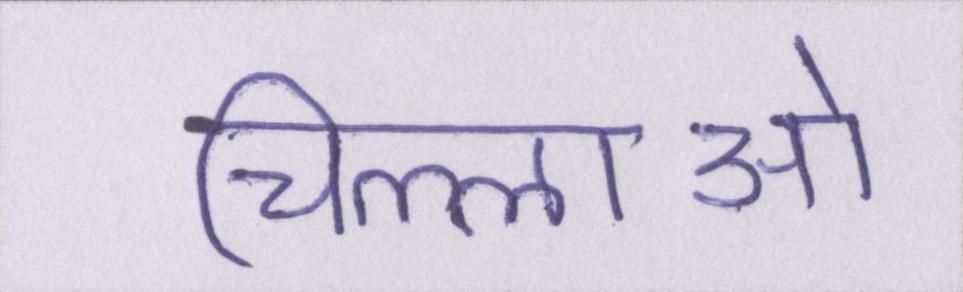
चिल्लाओ